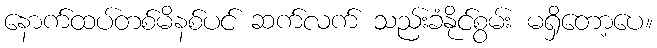
နောက်ထပ်တစ်မိနစ်ပင် ဆက်လက် သည်းခံနိုင်စွမ်း မရှိတော့ပေ။